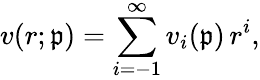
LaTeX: v(r;\mathfrak{p})=\sum_{i=-1}^{\infty}v_{i}(\mathfrak{p})\, r^{i},